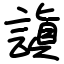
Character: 謓